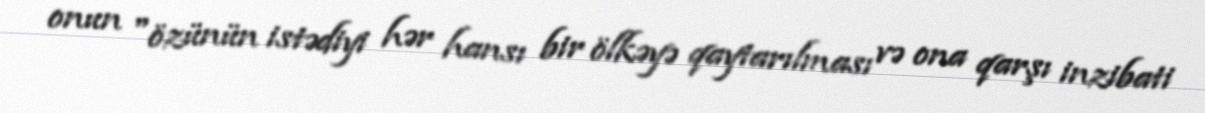
onun "özünün istədiyi hər hansı bir ölkəyə qaytarılması və ona qarşı inzibati